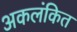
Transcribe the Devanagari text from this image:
अकलंकित